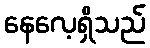
နေလေ့ရှိသည်